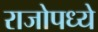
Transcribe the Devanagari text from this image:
राजोपध्ये